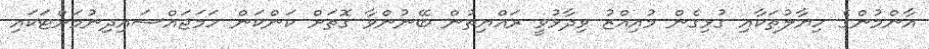
އާންމުންގެ ހިޔާލުތަކާއި ގުޅިގެން މުއިއްޒު ވިދާޅުވީ ރައްޔިތުން ބޭނުންވާ ގޮތަށް ކަންކަން ހަމަޖައްސައިދިނުމަށްޓަކައި